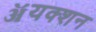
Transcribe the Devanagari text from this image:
ॲयक्शन